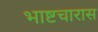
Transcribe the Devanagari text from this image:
भाष्टचारास